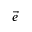
\vec { e }